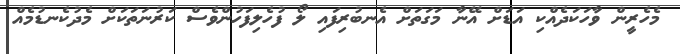
މެހެރީން ވާހަކަދެއްކި އަޑަށް އޭނާ މަގަތަށް އެނބުރިފައި ލޯ ފުހެލިފަހުންވެސް ކަރުނަތަކަށް މެދުކެނޑުމެއް